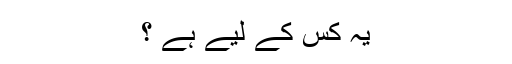
یہ کس کے لیے ہے ؟